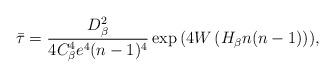
LaTeX: \begin{align*} \bar{\tau} = \frac{D_{\beta}^2}{4C_{\beta}^4e^4(n-1)^4} \exp{\left(4W\left( H_{\beta}n(n-1) \right)\right)},\end{align*}